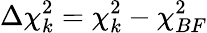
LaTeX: \Delta\chi_{k}^{2}=\chi_{k}^{2}-\chi_{BF}^{2}